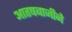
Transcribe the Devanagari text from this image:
आतषबाजीने